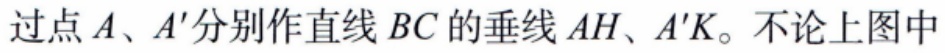
过点\(A\)、\(A'\)分别作直线 \(BC\) 的垂线 \(AH\)、\(A'K\)。不论上图中